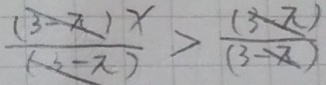
\frac { ( 3 - \pi ) x } { ( 3 - \pi ) } > \frac { 3 - \pi } { 3 - \pi }